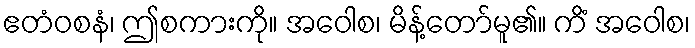
ဧတံဝစနံ၊ ဤစကားကို။ အဝေါစ၊ မိန့်တော်မူ၏။ ကိံ အဝေါစ၊